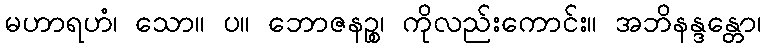
မဟာရဟံ၊ သော။ ပ။ ဘောဇနဉ္စ၊ ကိုလည်းကောင်း။ အဘိနန္ဒန္တော၊